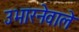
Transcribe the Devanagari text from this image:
उभारनेवाले